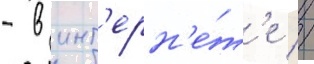
- в инт'ерн'е́т'е //